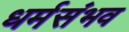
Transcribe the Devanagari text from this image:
धर्मसंभव